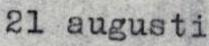
21 augusti